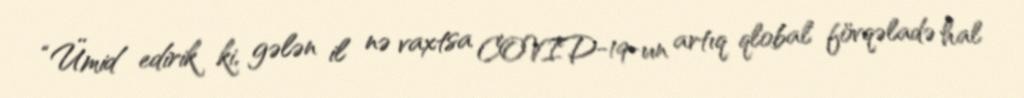
“Ümid edirik ki, gələn il nə vaxtsa COVID-19-un artıq qlobal fövqəladə hal